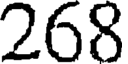
268